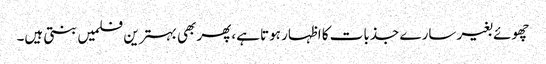
چھوئے بغیر سارے جذبات کا اظہار ہوتا ہے،پھر بھی بہترین فلمیں بنتی ہیں۔